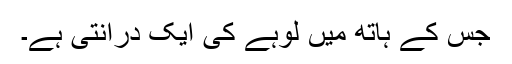
جس کے ہاتھ میں لوہے کی ایک درانتی ہے۔